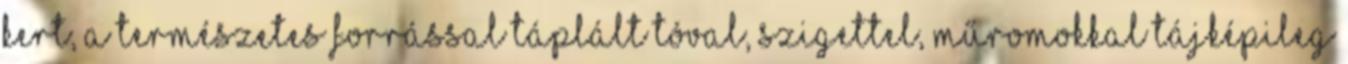
kert, a természetes forrással táplált tóval, szigettel, műromokkal tájképileg